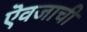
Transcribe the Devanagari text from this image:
ऎवजाची